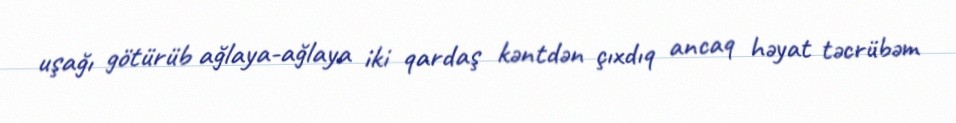
uşağı götürüb ağlaya-ağlaya iki qardaş kəntdən çıxdıq ancaq həyat təcrübəm